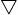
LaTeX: \scriptstyle\bigtriangledown